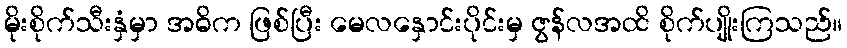
မိုးစိုက်သီးနှံမှာ အဓိက ဖြစ်ပြီး မေလနှောင်းပိုင်းမှ ဇွန်လအထိ စိုက်ပျိုးကြသည်။